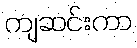
ကျဆင်းကာ